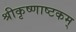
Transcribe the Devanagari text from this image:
श्रीकृष्णाष्टकम्